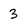
Character: 3